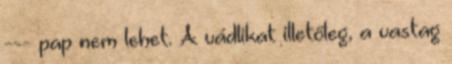
--- pap nem lehet. A vádlikat illetőleg, a vastag